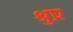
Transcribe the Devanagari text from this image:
श्रुघ्न